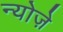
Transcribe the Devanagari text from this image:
न्योज़े